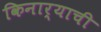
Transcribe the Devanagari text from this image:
किनार्‍याची